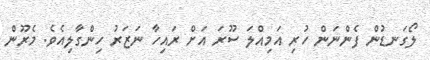
ލޯގަނޑުން ފެންނަން ހުރި އަމިއްލަ ސޫރަ އަށް ރައިހާ ނަޒަރު ހިންގާލިއެވެ. މެރޫން